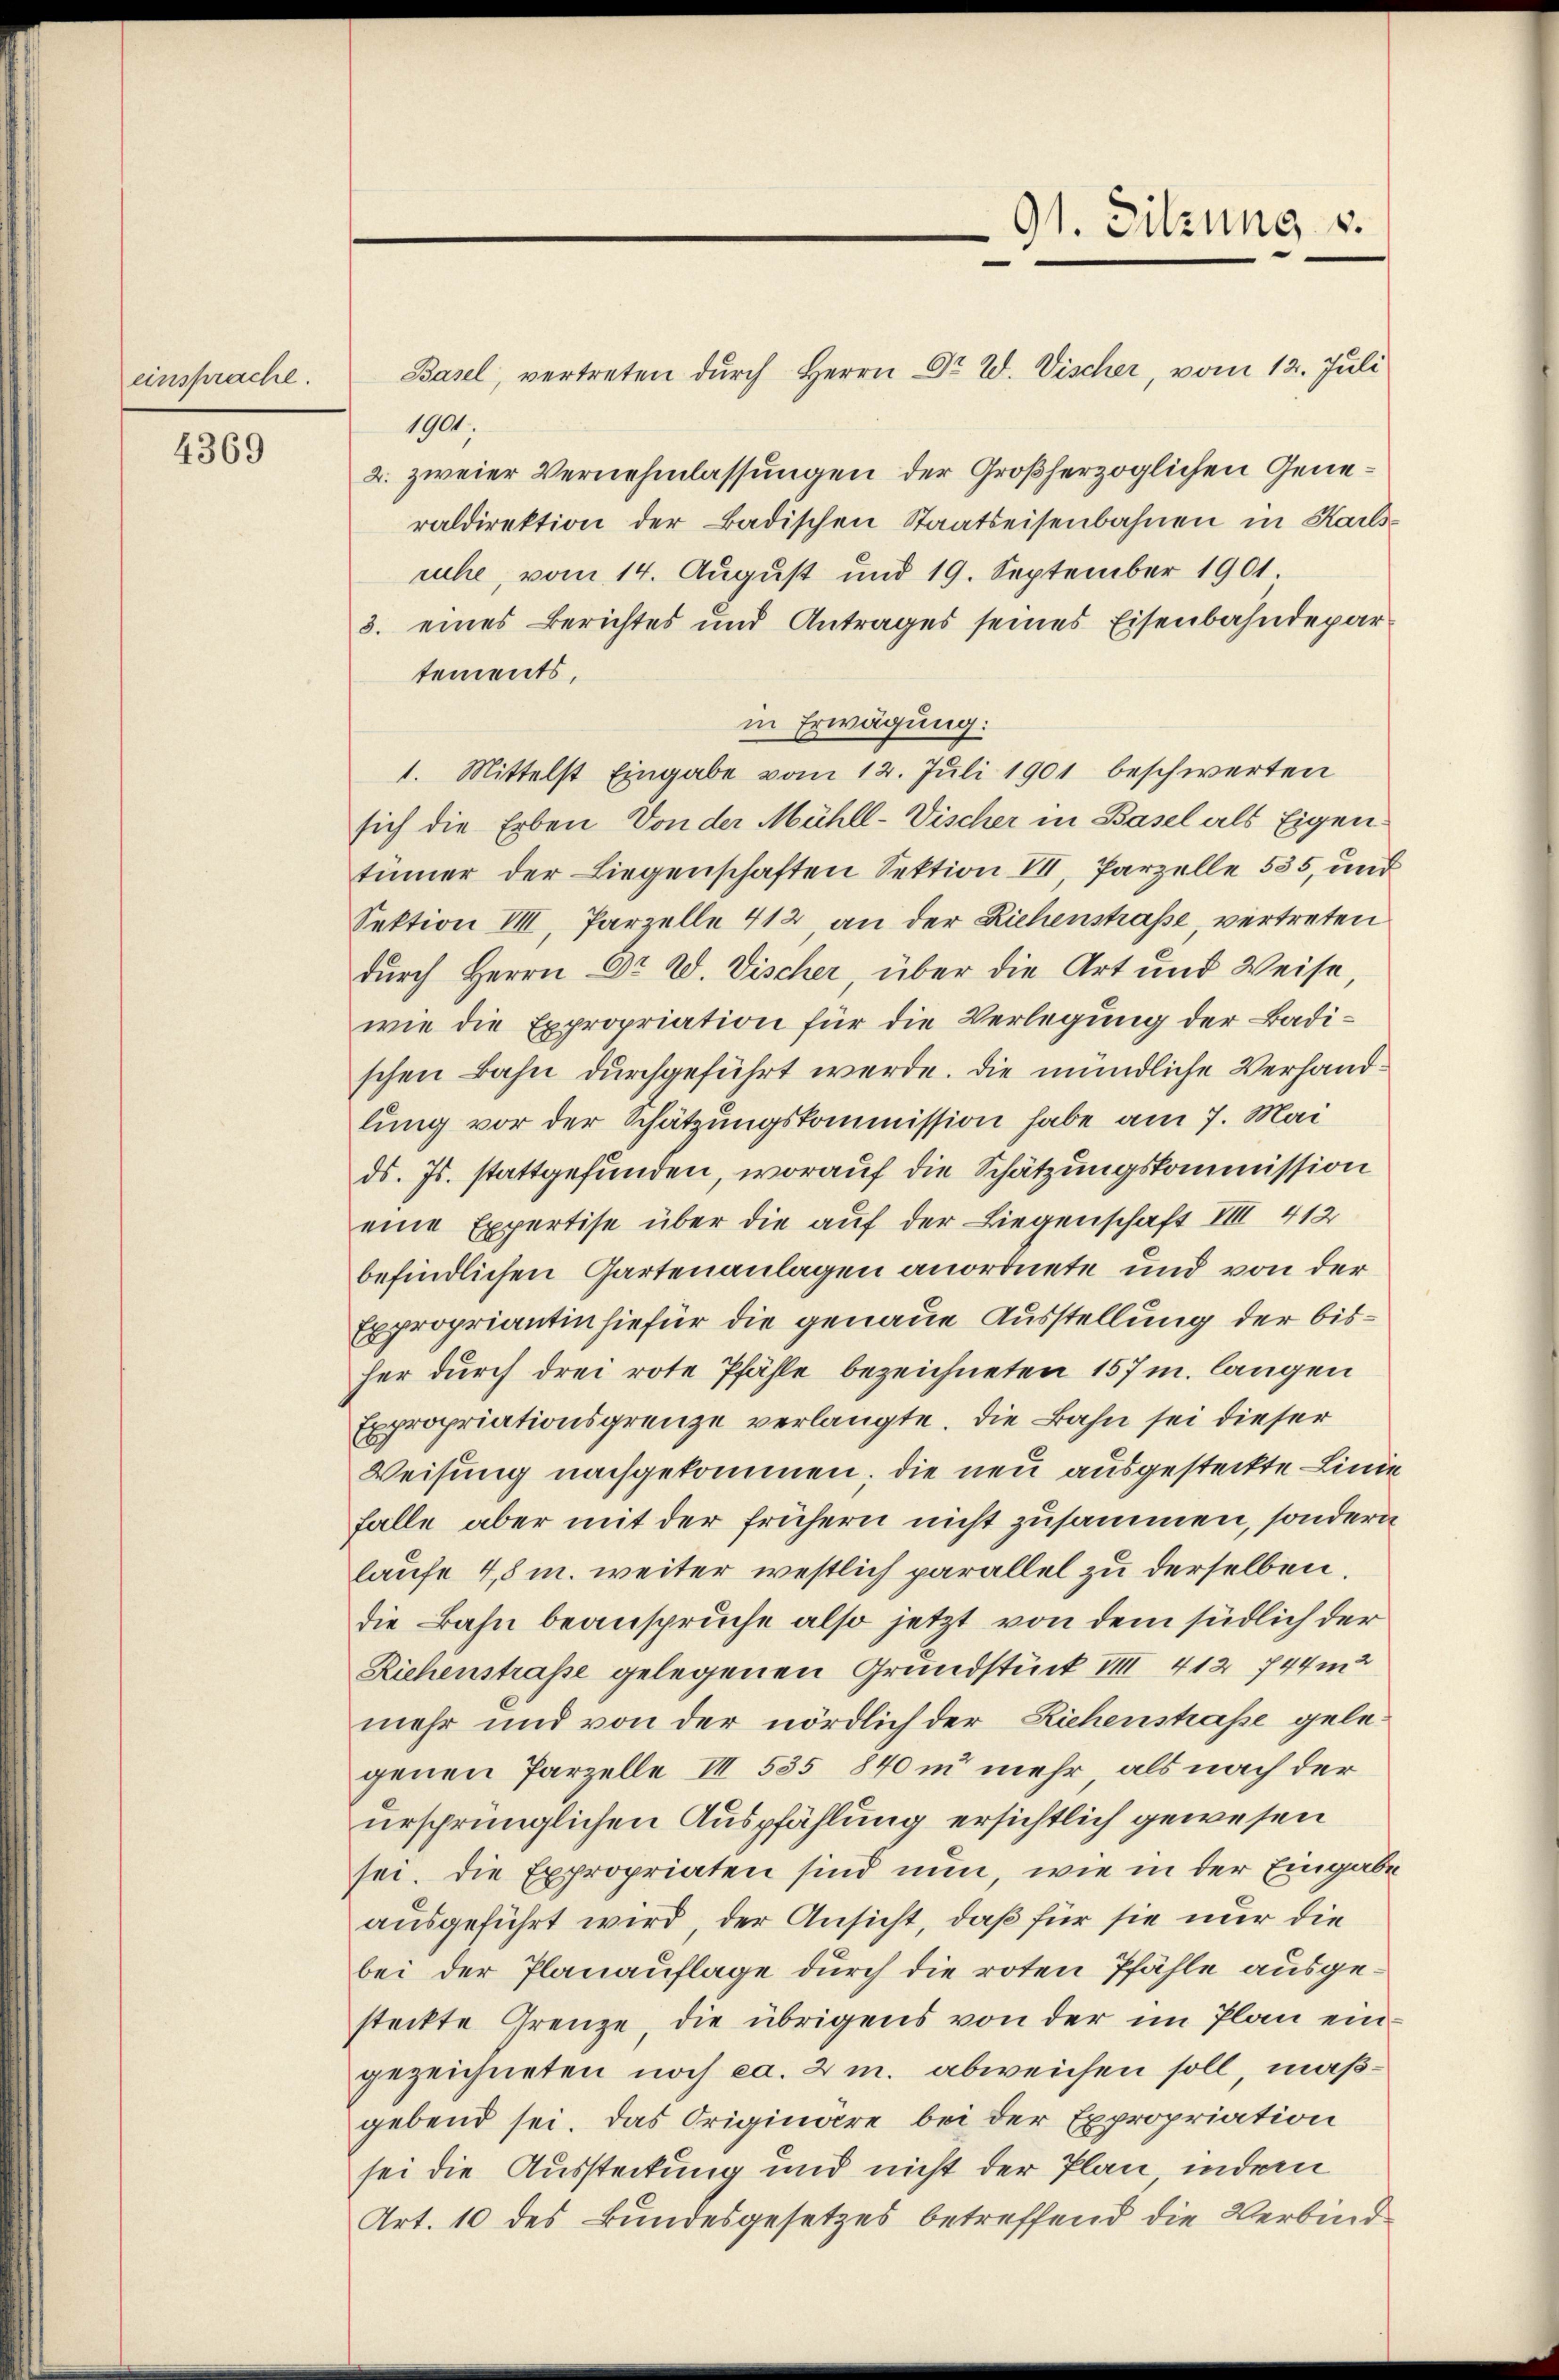
einsprache.

4369

91. Sitzung v.

Basel, vertreten durch Herrn Dr. W. Vischer, vom 12. Juli
1901.
2. zweier Vernehmlassungen der Großherzoglichen Generaldirektion der Badischen Staatseisenbahnen in Karls-
ruhe, vom 14. August und 19. September 1901
3. eines Berichtes und Antrages seines Eisenbahndepartements,
in Erwägung:
1. Mittelst Eingabe vom 12. Juli 1901 beschwerten
sich die Erben Von der Mühll-Vischer in Basel als Eigentümer der Liegenschaften Sektion VII, Parzelle 535, und
Sektion VIII, Parzelle 412 an der Richenstraße, vertreten
durch Herrn Dr. W. Vischer, über die Art und Weise,
wie die Expropriation für die Verlegung der Badischen Bahn durchgeführt werde. Die mündliche Verhandlung vor der Schätzungskommission habe am 7. Mai
ds. Js. stattgefunden, worauf die Schätzungskommission
eine Expertise über die auf der Liegenschaft VIII 412
befindlichen Gartenanlagen anordnete und von der
Expropriantin hiefür die genaue Ausstellung der bisher durch drei rote Pfähle bezeichneten 157 m langen
Expropriationsgrenze verlangte. Die Bahn sei dieser
Weisung nachgekommen; die neu ausgesteckte Linie
falle aber mit der frühern nicht zusammen, sondern
laufe 48 m. weiter westlich parallel zu derselben.
die Bahn beanspruche also jetzt von dem südlich der
Riehenstraße gelegenen Grundstück VIII 412 744m2
mehr und von der nördlich der Richenstraße gelegenen Parzelle III 535 840 in mehr, als nach der
ursprünglichen Auspfählung ersichtlich gewesen
sei. Die Expropriaten sind nun, wie in der Eingabe
ausgeführt wird, der Ansicht, daß für sie nur die
bei der Planauflage durch die roten Pfähle ausgesteckte Grenze, die übrigens von der im Plan eingezeichneten noch ca. 2 m. abweichen soll, maßgebend sei. Das Originäre bei der Expropriation
sei die Aussteckung und nicht der Plan, indem
Art. 10 des Bundesgesetzes betreffend die Verbind¬